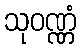
သုဝဏ္ဏံ